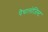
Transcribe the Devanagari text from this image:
पैथालोजिस्ट